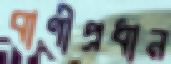
বাণীপ্রধান